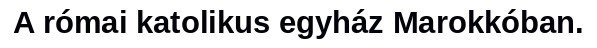
A római katolikus egyház Marokkóban.